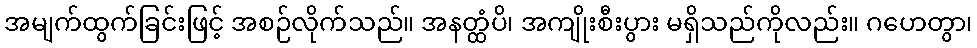
အမျက်ထွက်ခြင်းဖြင့် အစဉ်လိုက်သည်။ အနတ္ထံပိ၊ အကျိုးစီးပွား မရှိသည်ကိုလည်း။ ဂဟေတွာ၊